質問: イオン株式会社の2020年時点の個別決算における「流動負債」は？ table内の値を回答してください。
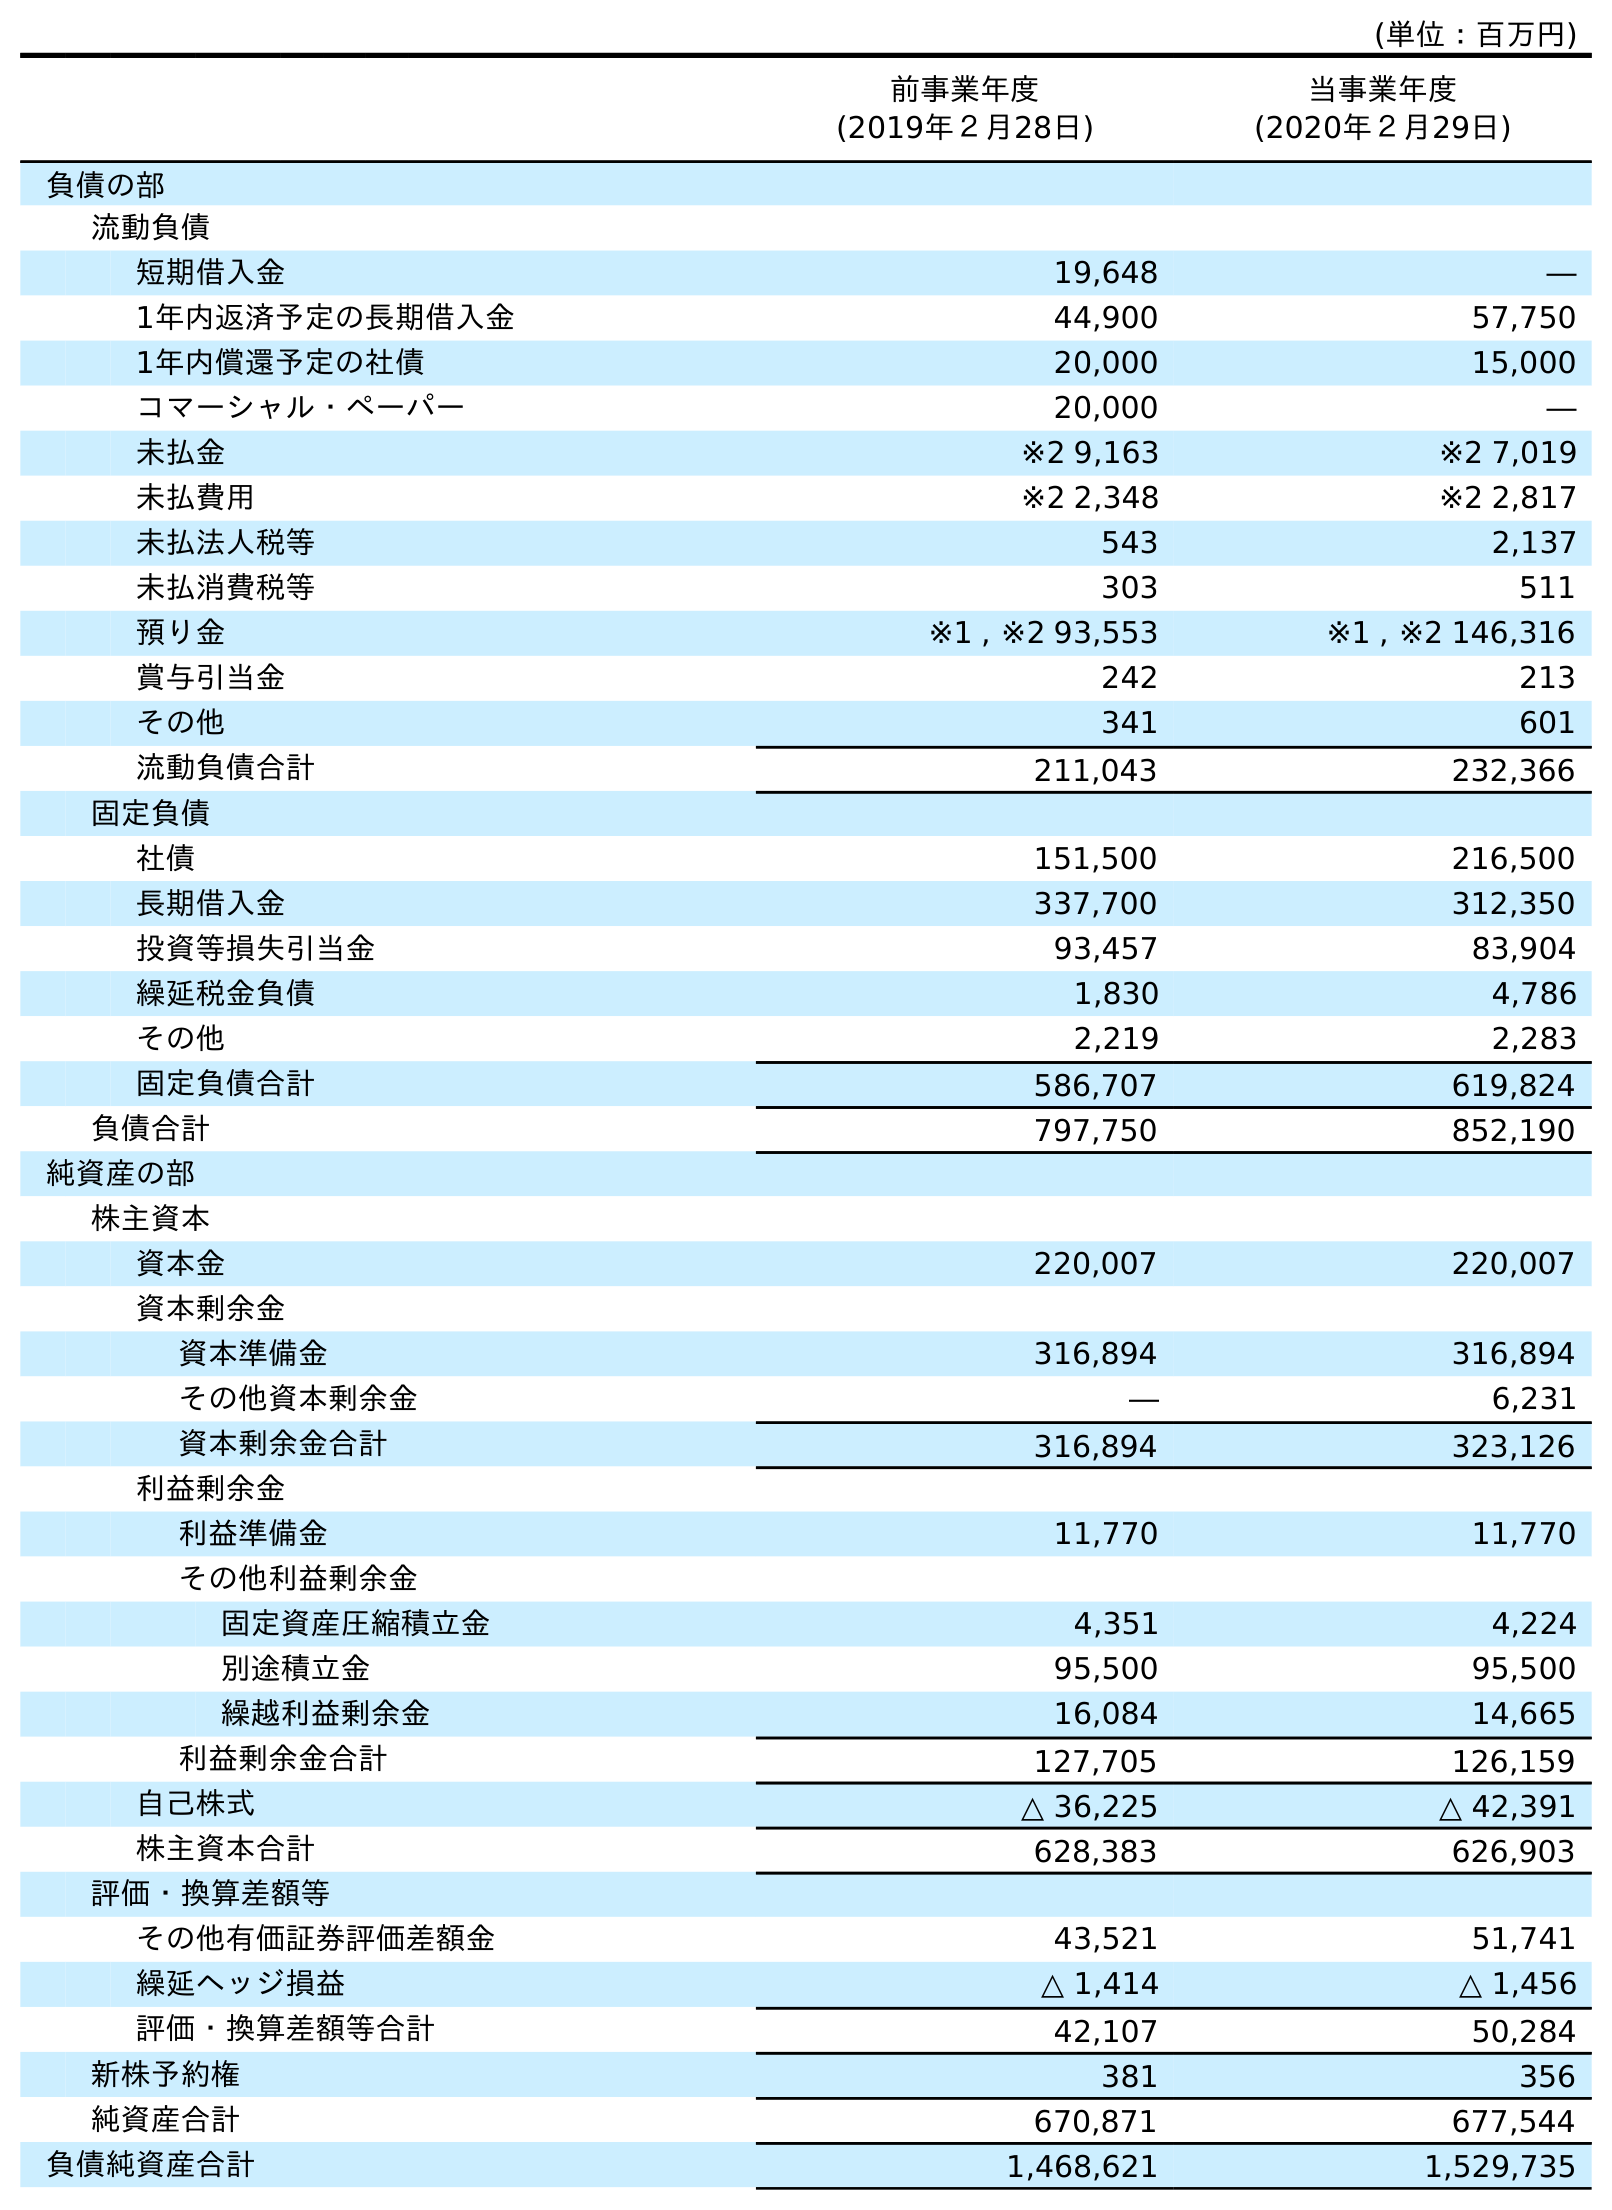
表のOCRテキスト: (単位：百万円) 前事業年度 (2019年２月28日) 当事業年度 (2020年２月29日) 負債の部 流動負債 短期借入金 19,648 ― 1年内返済予定の長期借入金 44,900 57,750 1年内償還予定の社債 20,000 15,000 コマーシャル・ペーパー 20,000 ― 未払金 ※2 9,163 ※2 7,019 未払費用 ※2 2,348 ※2 2,817 未払法人税等 543 2,137 未払消費税等 303 511 預り金 ※1 , ※2 93,553 ※1 , ※2 146,316 賞与引当金 242 213 その他 341 601 流動負債合計 211,043 232,366 固定負債 社債 151,500 216,500 長期借入金 337,700 312,350 投資等損失引当金 93,457 83,904 繰延税金負債 1,830 4,786 その他 2,219 2,283 固定負債合計 586,707 619,824 負債合計 797,750 852,190 純資産の部 株主資本 資本金 220,007 220,007 資本剰余金 資本準備金 316,894 316,894 その他資本剰余金 ― 6,231 資本剰余金合計 316,894 323,126 利益剰余金 利益準備金 11,770 11,770 その他利益剰余金 固定資産圧縮積立金 4,351 4,224 別途積立金 95,500 95,500 繰越利益剰余金 16,084 14,665 利益剰余金合計 127,705 126,159 自己株式 △ 36,225 △ 42,391 株主資本合計 628,383 626,903 評価・換算差額等 その他有価証券評価差額金 43,521 51,741 繰延ヘッジ損益 △ 1,414 △ 1,456 評価・換算差額等合計 42,107 50,284 新株予約権 381 356 純資産合計 670,871 677,544 負債純資産合計 1,468,621 1,529,735
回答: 232,366